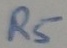
Text: R5